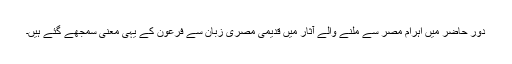
دورِ حاضر میں اہرام مصر سے ملنے والے آثار میں قدیمی مصری زبان سے فرعون کے یہی معنی سمجھے گئے ہیں۔